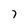
Character: 7